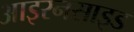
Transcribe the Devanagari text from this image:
आइरनसाइड